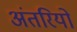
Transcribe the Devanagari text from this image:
अंतरियों